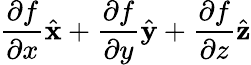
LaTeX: {\frac{\partial f}{\partial x}}{\hat{\mathbf{x}}}+{\frac{\partial f}{\partial y}}{\hat{\mathbf{y}}}+{\frac{\partial f}{\partial z}}{\hat{\mathbf{z}}}